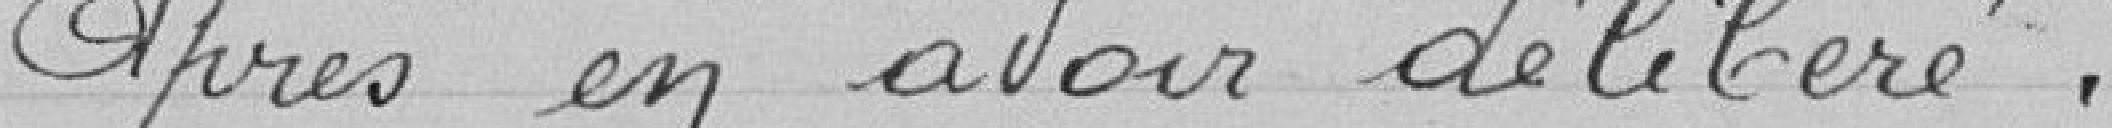
Après en avoir délibéré :